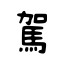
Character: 駕